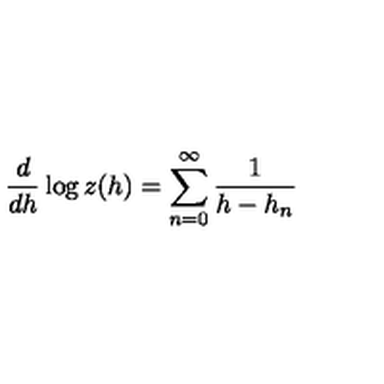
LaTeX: \frac d { d h } \log z ( h ) = \sum _ { n = 0 } ^ { \infty } \frac 1 { h - h _ { n } }